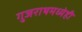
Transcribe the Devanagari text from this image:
गुजराथमध्येही